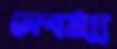
চোপসা